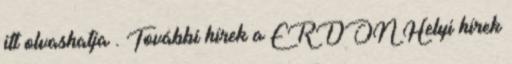
itt olvashatja . További hírek a ERDON Helyi hírek